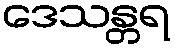
ဒေသန္တရ